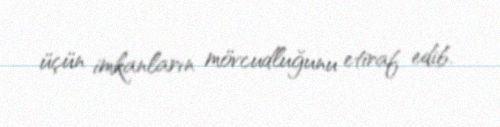
üçün imkanların mövcudluğunu etiraf edib.